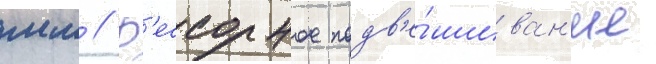
мм // Р'ессорное подв'е́шиван'ие